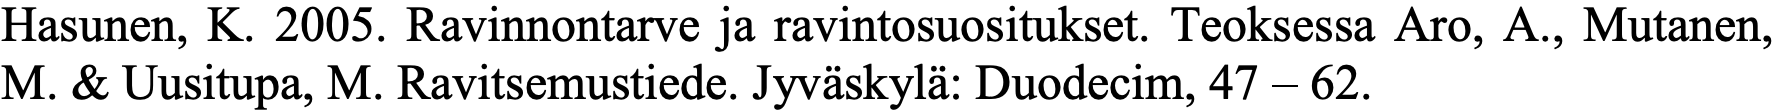
Hasunen, K. 2005. Ravinnontarve ja ravintosuositukset. Teoksessa Aro, A., Mutanen, M. & Uusitupa, M. Ravitsemustiede. Jyväskylä: Duodecim, 47 – 62.